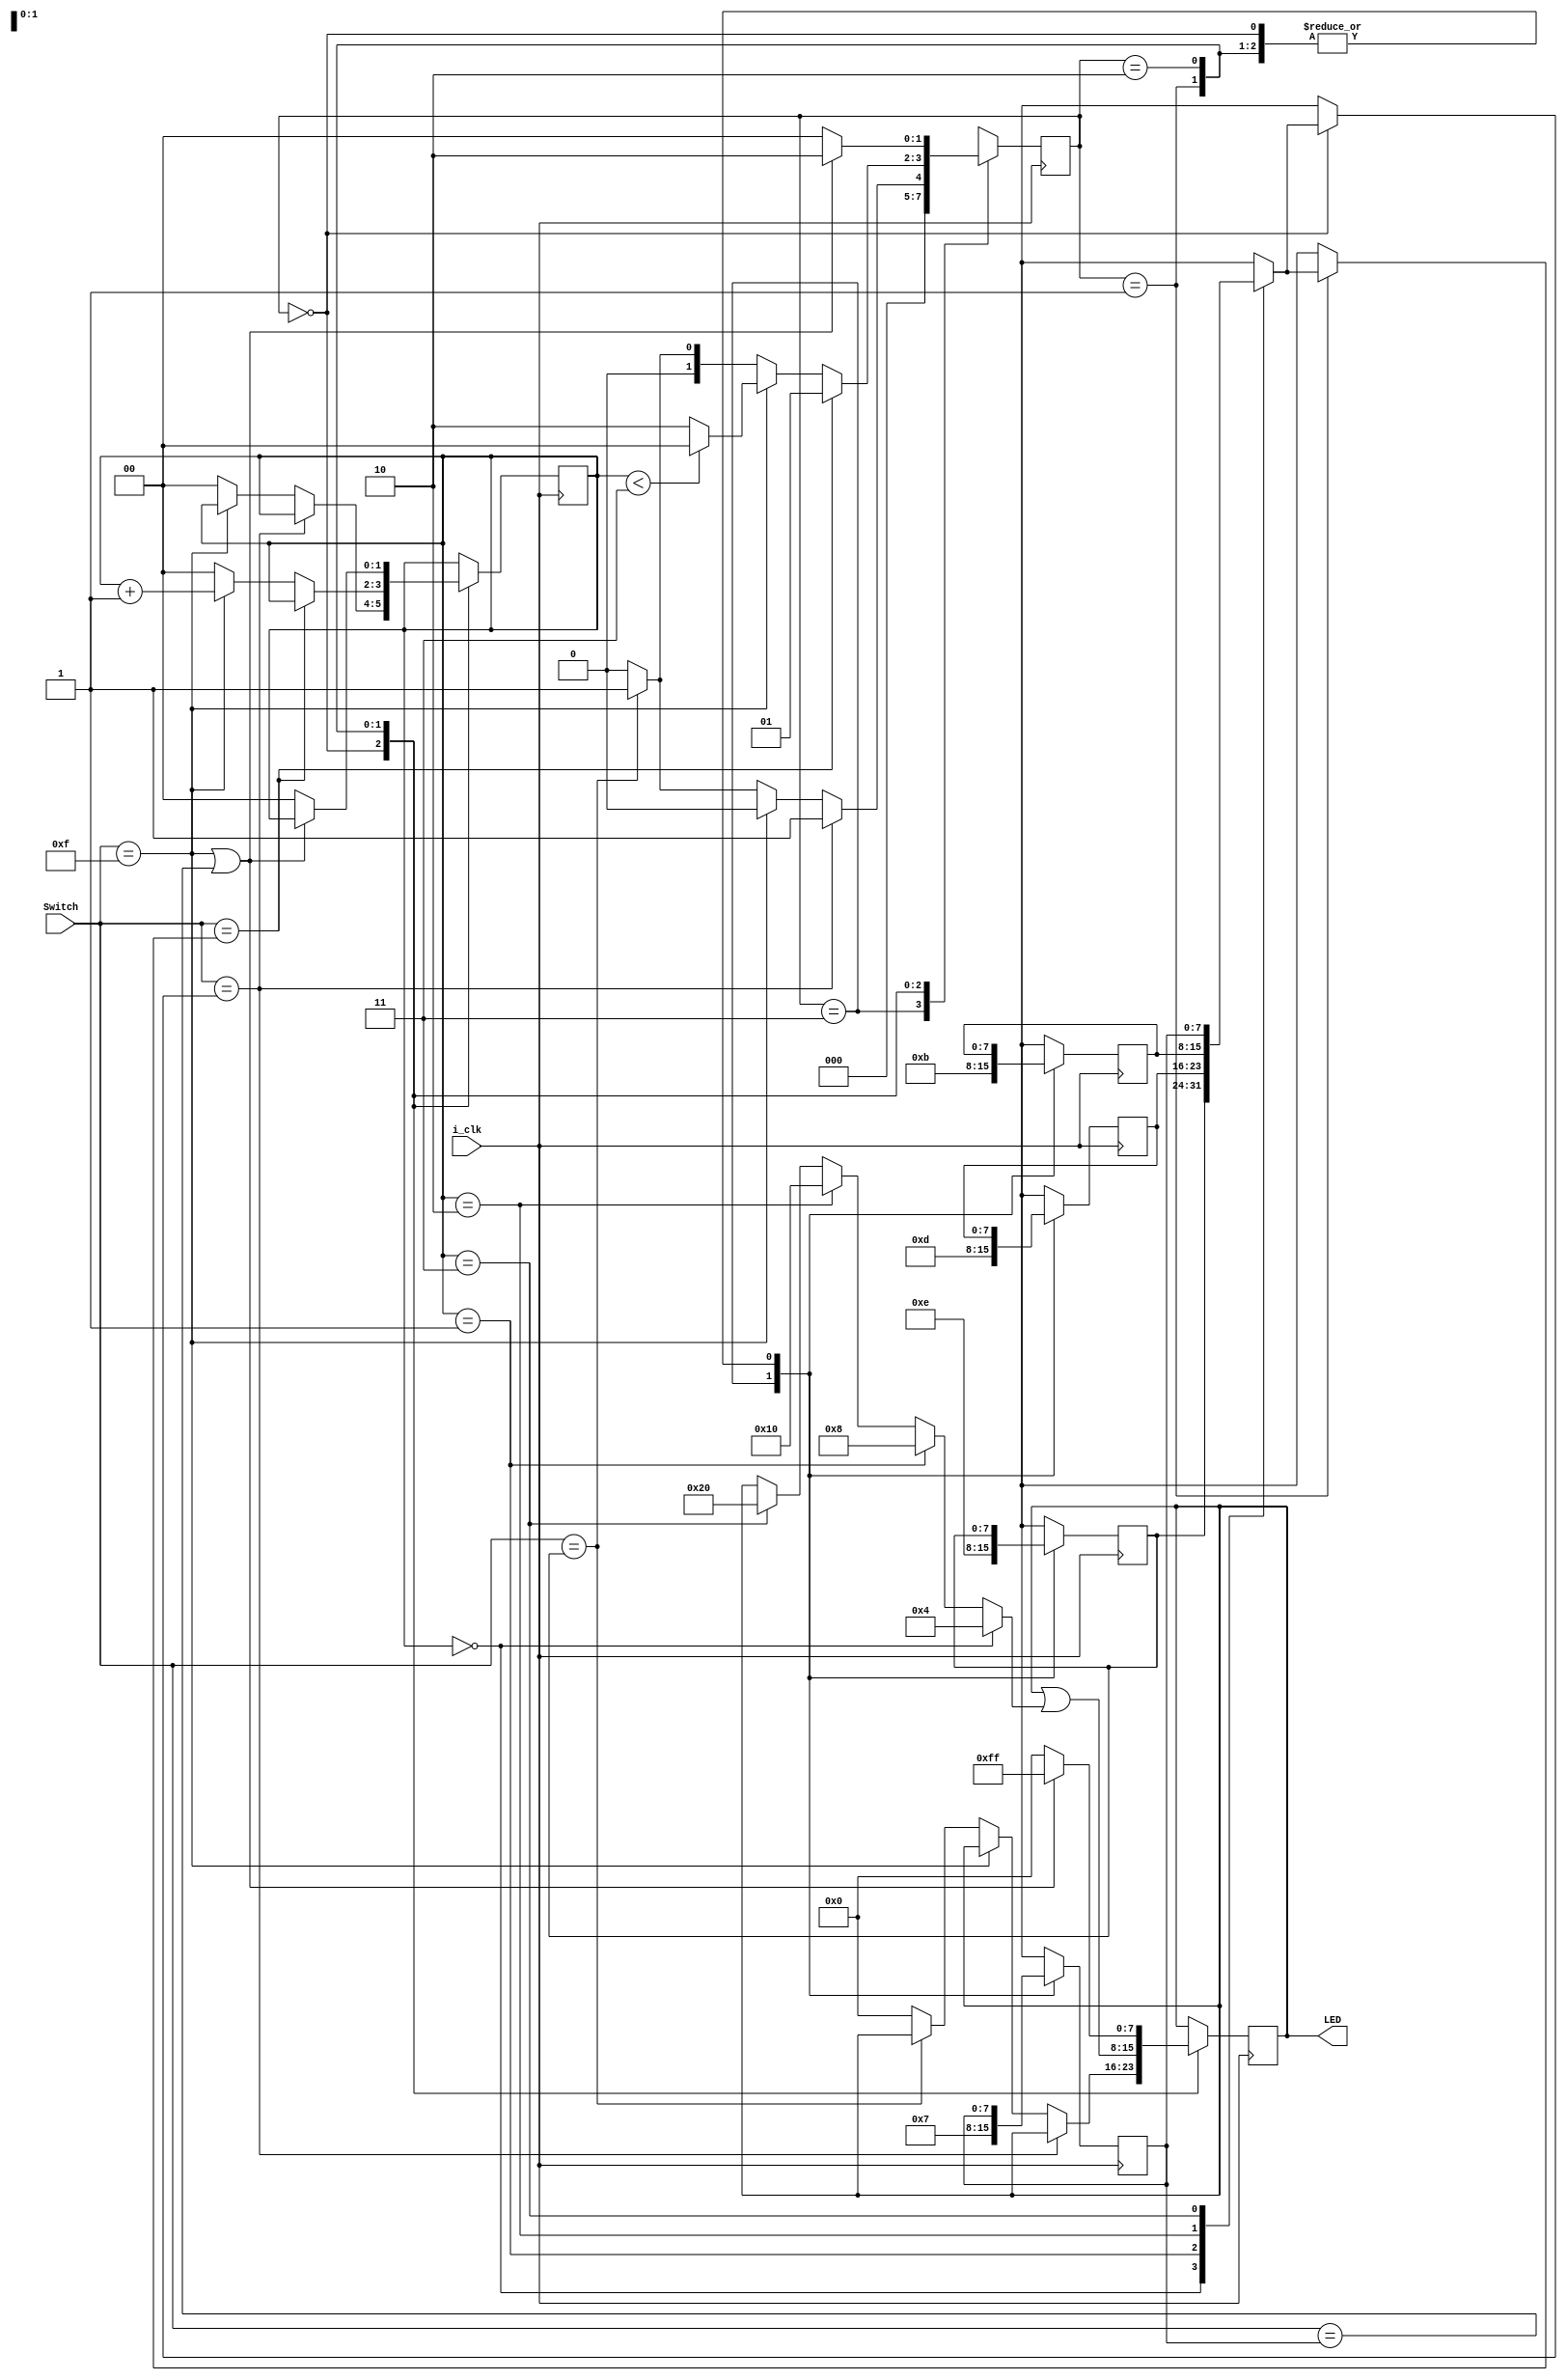
module lockFSM(
input				i_clk,		
input	 [4:0]	Switch,	
output [7:0]	LED			
);	

	parameter	s_idle		= 2'b00;	
	parameter	s_correct	= 2'b01;	
	parameter	s_complete	= 2'b10;	
	parameter	s_codeset	= 2'b11;	
	parameter	on_LED		= 8'hFF;
	parameter	off_LED		= 8'h00;
	reg [1:0]	state			= 2'b11;	
   reg [1:0]	code_index	= 2'b00;	
   reg [7:0] 	code [0:3];				
	reg [7:0]	LED;

always @(posedge i_clk) 				
	begin

	case(state)
	
		s_codeset :
			begin
			
				code[0] = 4'hE;			
				code[1] = 4'hD;			
				code[2] = 4'hB;
				code[3] = 4'h7;
				
				state <= s_idle;
			end

		s_idle :								
			begin
				if (Switch == code[code_index])	
					begin
						state <= s_correct;
					end
				else if (Switch == (4'hF))	
					begin
						state <= s_idle;
					end
				else if (Switch == code[0])	
					begin
						code_index <= 0;
						state <= s_correct;
					end
				else								
					begin
						code_index <= 0;
						state <= s_idle;
						
						LED <= 8'h00;
					end
			end
		
		s_correct :							
			begin		

				LED <= LED |	(code_index == 0 ? 8'd4 :
									 code_index == 1 ? 8'd8 :
									 code_index == 2 ? 8'd16 :
									 code_index == 3 ? 8'd32 : LED);
			
				if (Switch == code[code_index])	
					begin
						state 								<= s_correct;
					end
				else if (Switch == (4'hF))		
					begin
						code_index <= code_index + 1;
						if (code_index < 3)			
							begin
								state <= s_idle;	
							end
						else
							state <= s_complete;
					end
				else if (Switch == code[0])
					begin
						code_index <= 0;
						state <= s_correct;
					end
				else							
					begin
						state <= s_idle;
						code_index <= 0;
					end
			end
			
		s_complete :					
			begin
				if((Switch == (4'hF))||(Switch == code[3]))
					begin
						LED <= on_LED;	
						state <= s_complete;
					end
				else
					begin	
						state <= s_idle;
						code_index <= 0;
						LED <= off_LED;
					end
			end
		
		default :
		        state <= s_idle;
			
	endcase
end 

endmodule